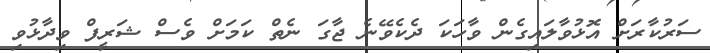
ސަރުކާރަށް އޮޅުވާލައިގެން ވާހަކަ ދެކެވޭނެ ޖާގަ ނެތް ކަމަށް ވެސް ޝަރީފް ވިދާޅުވި